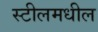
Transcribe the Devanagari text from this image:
स्टीलमधील